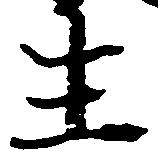
生